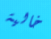
خالية